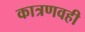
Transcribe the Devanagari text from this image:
कात्रणवही